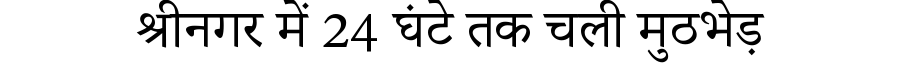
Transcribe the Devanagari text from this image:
श्रीनगर में 24 घंटे तक चली मुठभेड़